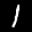
Label: 1